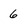
Character: 6